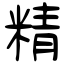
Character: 精